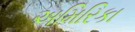
અમિરિકા